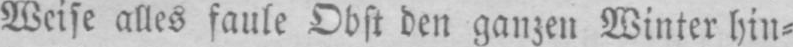
Weise alles faule Obst den ganzen Winter hin⸗